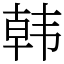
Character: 韩